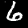
Digit: 6